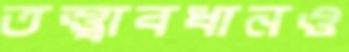
তত্ত্বাবধানও